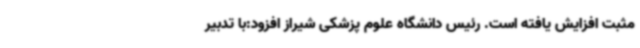
مثبت افزایش یافته است. رئیس دانشگاه علوم پزشکی شیراز افزود:با تدبیر